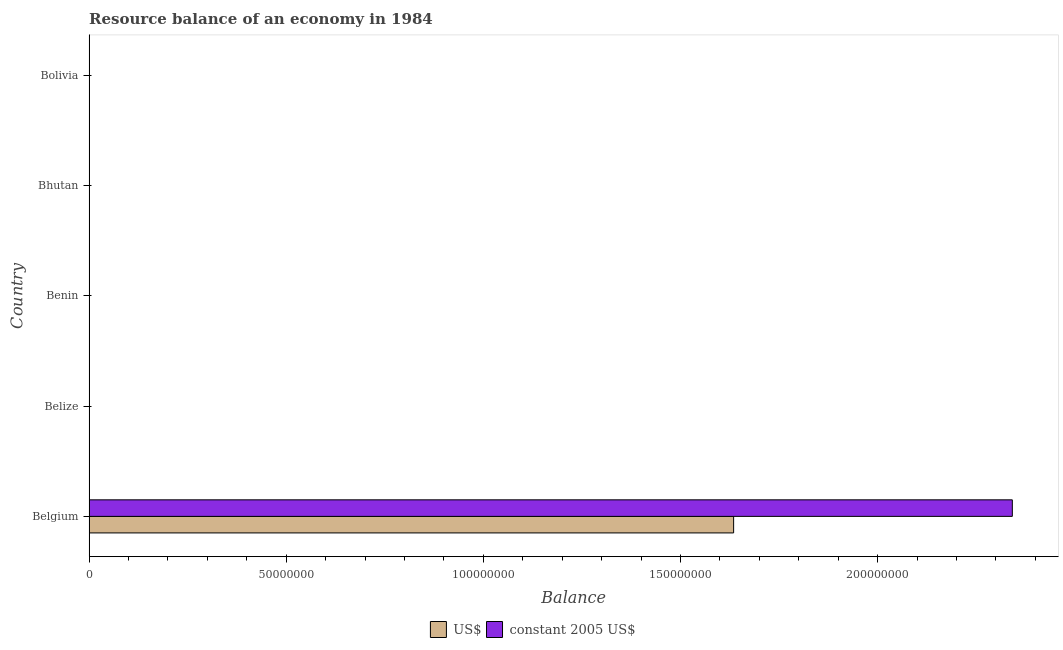
| Country | US$ | constant 2005 US$ |
 | --- | --- | --- |
 | Belgium | 1.63e+08 | 2.34e+08 |
 | Belize | -1.62e+07 | -3.25e+07 |
 | Benin | -1.19e+08 | -5.21e+10 |
 | Bhutan | -5.45e+07 | -6.19e+08 |
 | Bolivia | -1.34e+08 | -4.19e+05 |